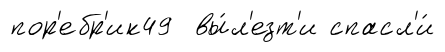
пор'ебр'ик49 вы́л'езт'и спасл'и́